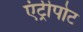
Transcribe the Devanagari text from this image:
एंट्रीपोट